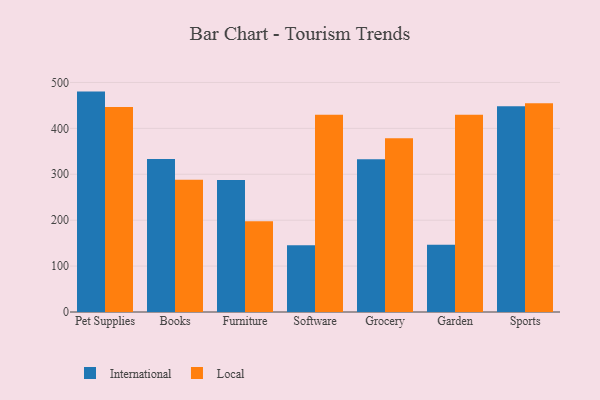
{"axis": {"x": "Category", "y": "Gross Profit (USD K)"}, "legend": ["International", "Local"], "data": [{"x": "Pet Supplies", "y": 480.1, "type": "International"}, {"x": "Pet Supplies", "y": 446.8, "type": "Local"}, {"x": "Books", "y": 333.3, "type": "International"}, {"x": "Books", "y": 288.0, "type": "Local"}, {"x": "Furniture", "y": 287.8, "type": "International"}, {"x": "Furniture", "y": 197.5, "type": "Local"}, {"x": "Software", "y": 145.3, "type": "International"}, {"x": "Software", "y": 429.6, "type": "Local"}, {"x": "Grocery", "y": 332.7, "type": "International"}, {"x": "Grocery", "y": 378.4, "type": "Local"}, {"x": "Garden", "y": 146.4, "type": "International"}, {"x": "Garden", "y": 429.5, "type": "Local"}, {"x": "Sports", "y": 448.1, "type": "International"}, {"x": "Sports", "y": 454.7, "type": "Local"}]}